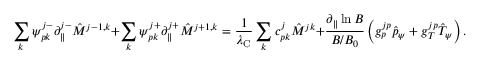
\sum _ { k } \psi _ { p k } ^ { j - } \partial _ { \| } ^ { j - } \hat { M } ^ { j - 1 , k } + \sum _ { k } \psi _ { p k } ^ { j + } \partial _ { \| } ^ { j + } \hat { M } ^ { j + 1 , k } = \frac { 1 } { \lambda _ { \mathrm { C } } } \sum _ { k } c _ { p k } ^ { j } \hat { M } ^ { j k } + \frac { \partial _ { \| } \ln B } { B / B _ { 0 } } \left( g _ { p } ^ { j p } \hat { p } _ { \psi } + g _ { T } ^ { j p } \hat { T } _ { \psi } \right) .